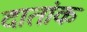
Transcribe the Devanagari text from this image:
दातांक